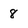
Character: 8